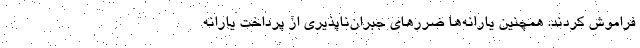
فراموش کردند. همچنین یارانه‌ها ضررهای جبران‌ناپذیری از پرداخت یارانه